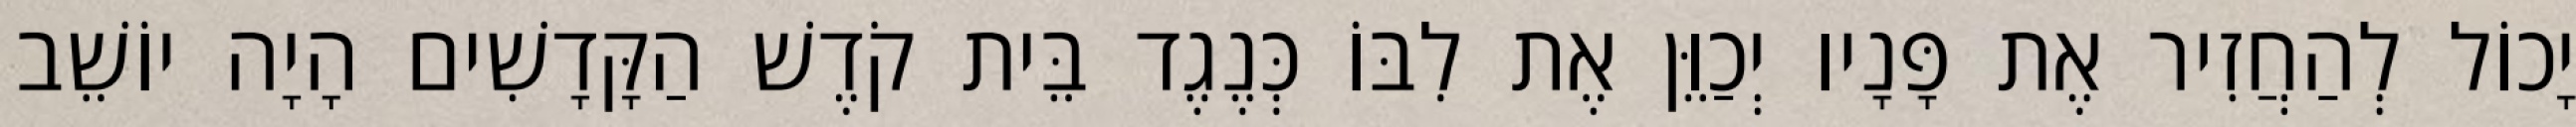
יָכוֹל לְהַחֲזִיר אֶת פָּנָיו יְכַוֵּן אֶת לִבּוֹ כְּנֶגֶד בֵּית קֹדֶשׁ הַקָּדָשִׁים הָיָה יוֹשֵׁב